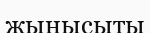
жынысыты